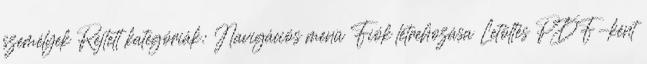
személyek Rejtett kategóriák: Navigációs menü Fiók létrehozása Letöltés PDF-ként